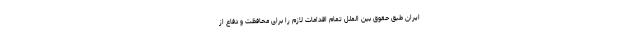
ایران طبق حقوق بین الملل تمام اقدامات لازم را برای محافظت و دفاع از